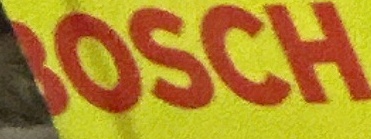
BOSCH